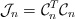
\begin{align*}\mathcal{J}_n=\mathcal{C}_n^T\mathcal{C}_n\end{align*}